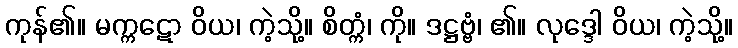
ကုန်၏။ မက္ကဋော ဝိယ၊ ကဲ့သို့။ စိတ္ကံ၊ ကို။ ဒဋ္ဌဗ္ဗံ၊ ၏။ လုဒ္ဒေါ ဝိယ၊ ကဲ့သို့။